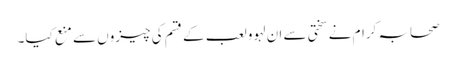
صحابہ کرام نے سختی سے ان لہوو لعب کے قسم کی چیزوں سے منع کیا۔